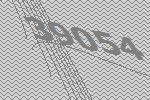
39054